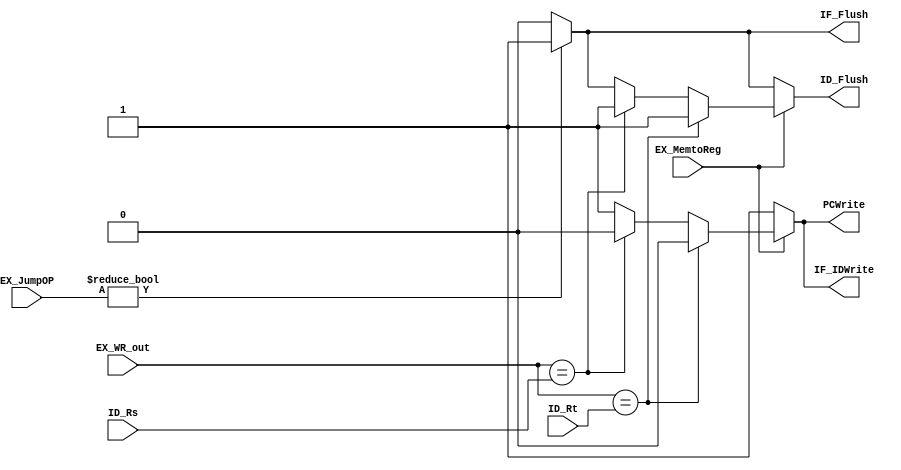
// Hazard Detection Unit

module HDU ( // input
			 ID_Rs,
             		 ID_Rt,
			 EX_WR_out,
			 EX_MemtoReg,
			 EX_JumpOP,
	    // output
			 PCWrite,			 
			 IF_IDWrite,
			 IF_Flush,
			 ID_Flush
			 );
	
	parameter bit_size = 32;
	
	input [4:0] ID_Rs;
	input [4:0] ID_Rt;
	input [4:0] EX_WR_out;
	input EX_MemtoReg;
	input [1:0] EX_JumpOP;
	
	output PCWrite;
	output IF_IDWrite;
	output IF_Flush;
	output ID_Flush;
	reg PCWrite;
	reg IF_IDWrite;
	reg IF_Flush;
	reg ID_Flush;
	
	always @(*) begin
		//default signal value
		PCWrite		 = 1;
		IF_IDWrite	 = 1;
		IF_Flush	 = 0;
		ID_Flush	 = 0;
		
		// Branch
		if ( EX_JumpOP != 0 )
		begin
			IF_Flush = 1 ;
			ID_Flush = 1 ;
		end
		
		// Load
		if ( EX_MemtoReg ) 
		begin
			if ( EX_WR_out == ID_Rs )
			begin
				PCWrite = 0 ;
				IF_IDWrite = 0 ;
				ID_Flush = 1;
			end

			if ( EX_WR_out == ID_Rt )
			begin
				PCWrite = 0 ;
				IF_IDWrite = 0 ;
				ID_Flush = 1 ;
			end
		end
	end
	
endmodule